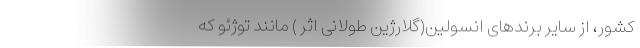
کشور، از سایر برندهای انسولین(گلارژین طولانی اثر ) مانند توژئو که